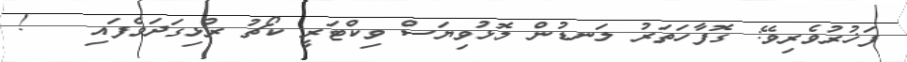
ފަޚުރުވެރިވޭ: ގޮފާހަތަރު ލަނޑުން މޮޅުވިޔަސް ވިކްޓަރީ ކޯޗު ރުޅިގަދަވެފައި   !